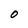
Character: O